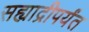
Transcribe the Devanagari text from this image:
सह्याद्रीपर्यंत